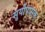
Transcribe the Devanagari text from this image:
सुर्योपासक